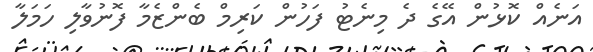
އަނެއް ކޮޅުން އޭގެ ދެ މިނެޓު ފަހުން ކަރިމް ބެންޒެމާ ފޮނުވާލި ހަމަލާ